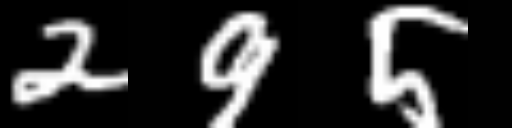
Text: 295